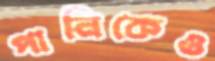
পানিকেও